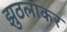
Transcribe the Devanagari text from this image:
झुठलाकर